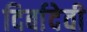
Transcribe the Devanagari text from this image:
दिर्बादेवी